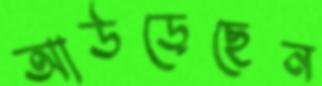
আউড়েছেন